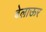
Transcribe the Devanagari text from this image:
बेलाऊर